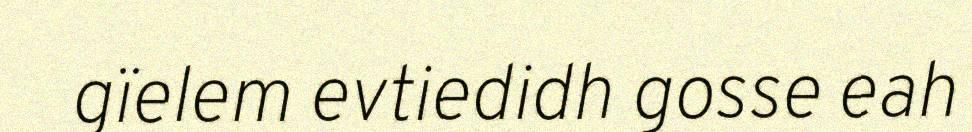
gïelem evtiedidh gosse eah